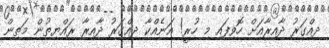
ދިއްގަރު ދާއިރާއަށް ހޮވިފައި މި ހުރީ! އަނެއްކާ ދިއްގަރު ދާއިރާ ރައްޔިތުން މަތިން